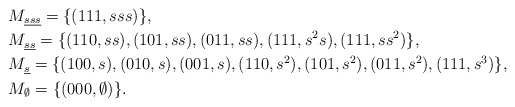
\begin{align*}& M_{\underline{sss}} = \{ (111,sss) \}, \\& M_{\underline{ss}} = \{ (110,ss),(101,ss),(011,ss),(111,s^2s),(111,ss^2)\}, \\& M_{\underline{s}} = \{ (100,s),(010,s),(001,s),(110,s^2),(101,s^2),(011,s^2),(111,s^3)\}, \\& M_{\emptyset} = \{ (000,\emptyset) \}.\end{align*}